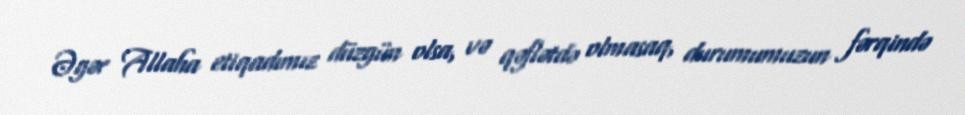
Əgər Allaha etiqadımız düzgün olsa, və qəflətdə olmasaq, durumumuzun fərqində